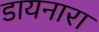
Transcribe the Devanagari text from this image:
डायनारा